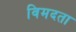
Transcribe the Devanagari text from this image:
विमदता